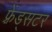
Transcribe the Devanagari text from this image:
फ़्रेंड्सटर